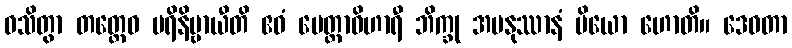
ဝသိတွာ တတ္ထေဝ ပရိနိဗ္ဗာယီတိ ဧဝံ မေတ္တာဝိဟာရီ ဘိက္ခု အမနုဿာနံ ပိယော ဟောတိ။ ဒေဝတာ